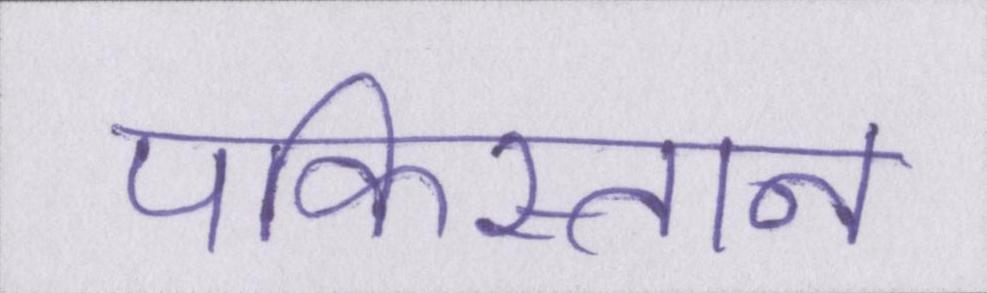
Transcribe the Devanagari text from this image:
पकिस्तान